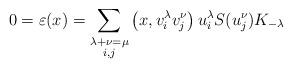
LaTeX: \begin{align*} 0 = \varepsilon(x) = \sum_{\substack{\lambda+\nu=\mu \\ i,j}} \left(x,v_i^{\lambda}v_j^{\nu}\right)u_i^\lambda S(u_j^{\nu})K_{-\lambda}\end{align*}